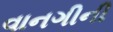
વાનગીની